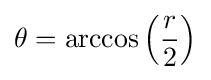
\theta =\arccos \left({\frac {r}{2}}\right)